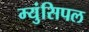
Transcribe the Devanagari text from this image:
म्युंसिपल